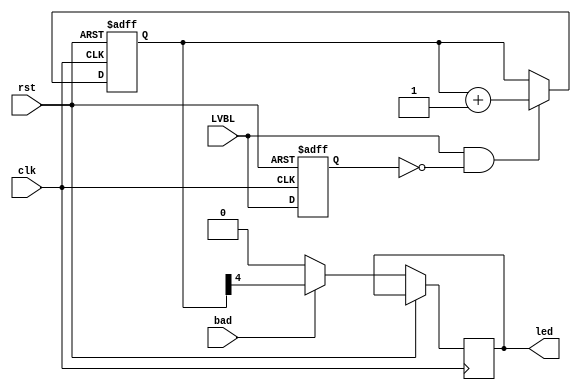
/*  This file is part of JTSDRAM.
    JTSDRAM program is free software: you can redistribute it and/or modify
    it under the terms of the GNU General Public License as published by
    the Free Software Foundation, either version 3 of the License, or
    (at your option) any later version.

    JTSDRAM program is distributed in the hope that it will be useful,
    but WITHOUT ANY WARRANTY; without even the implied warranty of
    MERCHANTABILITY or FITNESS FOR A PARTICULAR PURPOSE.  See the
    GNU General Public License for more details.

    You should have received a copy of the GNU General Public License
    along with JTSDRAM.  If not, see <http://www.gnu.org/licenses/>.

    Author: Jose Tejada Gomez. Twitter: @topapate
    Version: 1.0
    Date: 7-1-2021 */

module jtsdram_led(
    input       clk,
    input       rst,
    input       LVBL,
    input       bad,
    output reg  led
);

reg [4:0] cnt;
reg       last_LVBL;

always @(posedge clk, posedge rst) begin
    if( rst ) begin
        last_LVBL <= 0;
        cnt <= 5'd0;
    end else begin
        last_LVBL <= LVBL;
        if( LVBL && !last_LVBL ) cnt<=cnt+1'd1;
        led <= bad ? cnt[4] : 1'b0;
    end
end

endmodule